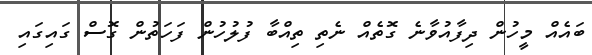
ބައެއް މީހުން ދިފާއުވާނެ ގޮތެއް ނެތި ތިއްބާ ފުލުހުން ފަހަތުން ގޮސް ގައިގައި